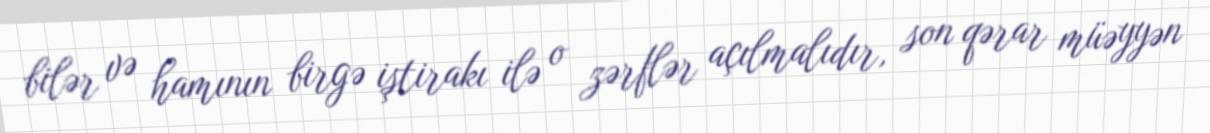
bilər və hamının birgə iştirakı ilə o zərflər açılmalıdır, son qərar müəyyən